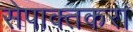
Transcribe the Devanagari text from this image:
सेपाक्तकरा